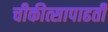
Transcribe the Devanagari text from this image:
चीकीत्सापाढती